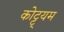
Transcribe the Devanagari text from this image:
कोट्ट्यम